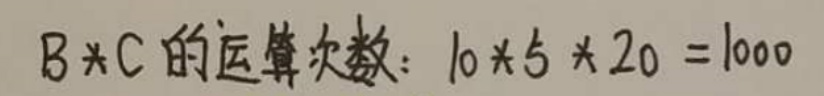
$B \times C  $的运算次数$:  10 \times 5 \times 20 = 1000$